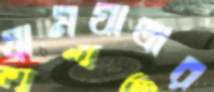
গ্রামযাত্রার